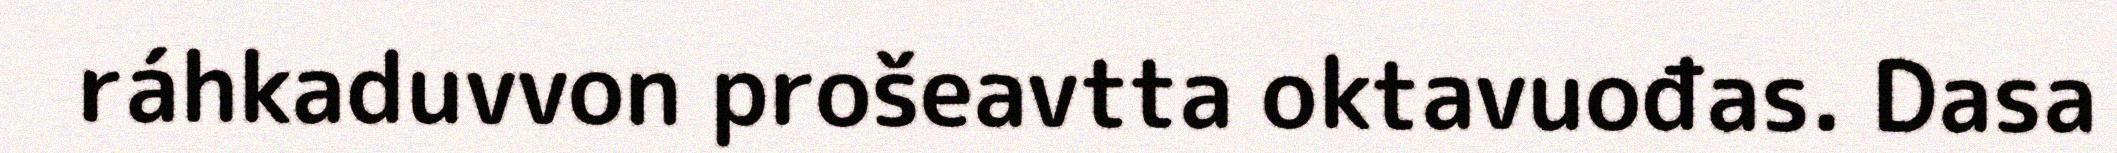
ráhkaduvvon prošeavtta oktavuođas. Dasa